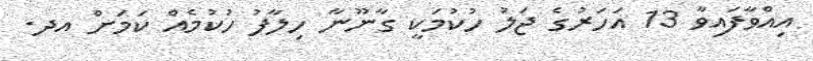
އިއްވާފައިވާ 13 އަހަރުގެ ޖަލު ހުކުމަކީ ގާނޫނާ ހިލާފު ހުކުމެއް ކަމަށް އދ.